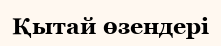
Қытай өзендері